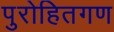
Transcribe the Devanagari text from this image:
पुरोहितगण